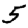
Digit: 5